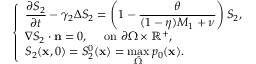
\left\{ \begin{array} { l l } { \displaystyle \frac { \partial S _ { 2 } } { \partial t } - \gamma _ { 2 } \Delta S _ { 2 } = \left( 1 - \displaystyle \frac { \theta } { ( 1 - \eta ) M _ { 1 } + \nu } \right) S _ { 2 } , } \\ { \nabla S _ { 2 } \cdot \mathbf n = 0 , \quad \mathrm { ~ o n ~ } \partial \Omega \times \mathbb R ^ { + } , } \\ { S _ { 2 } ( \mathbf x , 0 ) = S _ { 2 } ^ { 0 } ( \mathbf x ) = \displaystyle \operatorname* { m a x } _ { \bar { \Omega } } p _ { 0 } ( \mathbf x ) . } \end{array} \right.